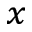
_ { x }